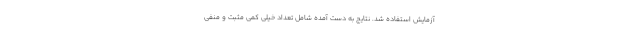
آزمایش استفاده شد. نتایج به دست آمده شامل تعداد خیلی کمی مثبت و منفی